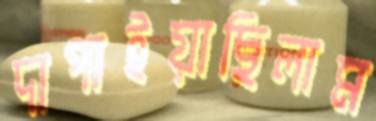
দাপাইয়াছিলাম